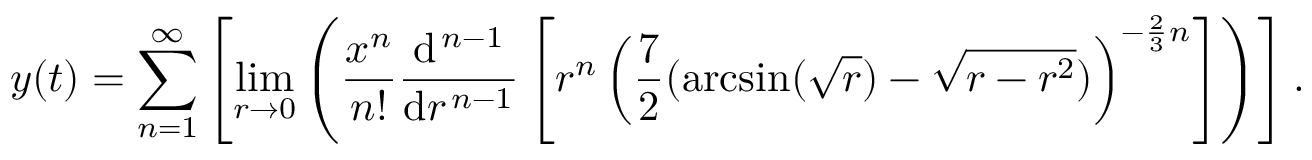
y ( t ) = \sum _ { n = 1 } ^ { \infty } \left[ \operatorname* { l i m } _ { r \to 0 } \left( { \frac { x ^ { n } } { n ! } } { \frac { \mathrm { d } ^ { \, n - 1 } } { \mathrm { d } r ^ { \, n - 1 } } } \left[ r ^ { n } \left( { \frac { 7 } { 2 } } ( \arcsin ( { \sqrt { r } } ) - { \sqrt { r - r ^ { 2 } } } ) \right) ^ { - { \frac { 2 } { 3 } } n } \right] \right) \right] .